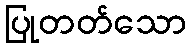
ပြုတတ်သော